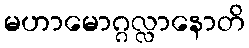
မဟာမောဂ္ဂလ္လာနောတိ